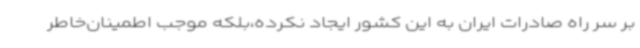
بر سر راه صادرات ایران به این کشور ایجاد نکرده،بلکه موجب اطمینان‌خاطر